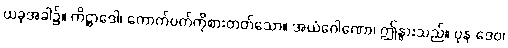
ယခုအခါ၌။ ကိဋ္ဌာဒေါ၊ ကောက်ပတ်ကိုစားတတ်သော။ အယံဂေါဏော၊ ဤနွားသည်။ ပုန ဒေဝ၊